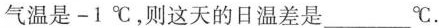
气温是-1℃，则这天的日温差是___℃.